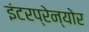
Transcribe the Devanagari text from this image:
इंटरप्रेन्योर